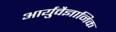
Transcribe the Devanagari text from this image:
आर्युवैज्ञानिक